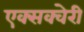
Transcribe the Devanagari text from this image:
एक्सक्वेरी